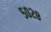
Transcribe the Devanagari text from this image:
५०२८